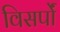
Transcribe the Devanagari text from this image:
विसर्पों